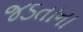
જડતાના